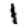
Digit: 1